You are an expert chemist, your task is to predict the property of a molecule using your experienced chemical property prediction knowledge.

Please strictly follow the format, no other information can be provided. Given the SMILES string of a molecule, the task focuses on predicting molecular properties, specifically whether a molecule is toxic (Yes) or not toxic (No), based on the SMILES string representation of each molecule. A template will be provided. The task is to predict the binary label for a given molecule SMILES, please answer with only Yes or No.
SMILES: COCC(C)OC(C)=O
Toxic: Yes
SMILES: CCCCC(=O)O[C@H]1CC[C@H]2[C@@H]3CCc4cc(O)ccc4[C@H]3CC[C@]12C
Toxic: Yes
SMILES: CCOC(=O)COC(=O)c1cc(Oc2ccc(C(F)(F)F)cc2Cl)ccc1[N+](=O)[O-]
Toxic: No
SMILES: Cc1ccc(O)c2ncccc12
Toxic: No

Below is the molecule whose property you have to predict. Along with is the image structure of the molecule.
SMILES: COC1=CC(=O)C[C@@H](C)[C@]12Oc1c(Cl)c(OC)cc(OC)c1C2=O
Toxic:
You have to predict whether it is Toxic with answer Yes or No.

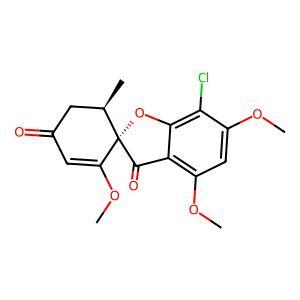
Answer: No